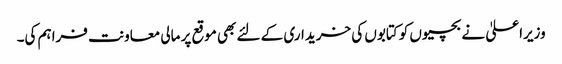
وزیراعلیٰ نے بچیوں کو کتابوں کی خریداری کے لئے بھی موقع پر مالی معاونت فراہم کی۔